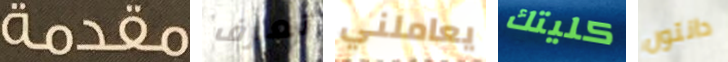
مقدمة تعرف يعاملني كليتك دانتون